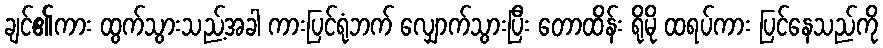
ချင်၏ကား ထွက်သွားသည့်အခါ ကားပြင်ရုံဘက် လျှောက်သွားပြီး တောထိန်း ရိုမို ထရပ်ကား ပြင်နေသည်ကို